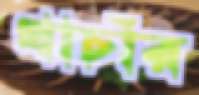
খাচাঁর